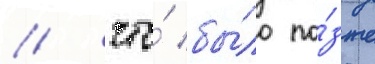
/ что́ бы́ло по́зже